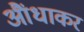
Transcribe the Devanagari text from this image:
आैंधाकर